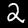
Digit: 2